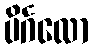
ပိင်္ဂလော